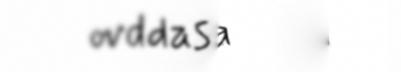
ovddas. Dasa